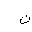
Letter: _ta